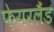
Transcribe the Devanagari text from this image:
फ़ेयरलैंड